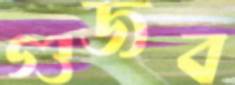
গুজব